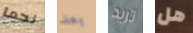
نجما بعد تريد هل